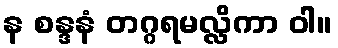
န စန္ဒနံ တဂ္ဂရမလ္လိကာ ဝါ။